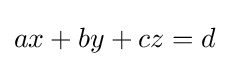
ax+by+cz=d